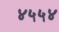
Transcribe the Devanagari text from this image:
४५५४